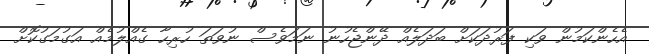
އެހެންކަމުން ވަކި ފަރުދަކަށް ބަދަލެއް ދޭންޖެހުނު ނަމަވެސް ނުވަތަ ހުރިހާ ގެއްލުމެއް އަގުމަގުކޮށް